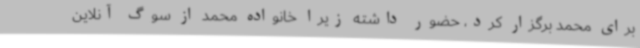
برای محمد برگزار کرد، حضور داشته زیرا خانواده محمد از سوگ آنلاین